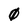
Character: 0